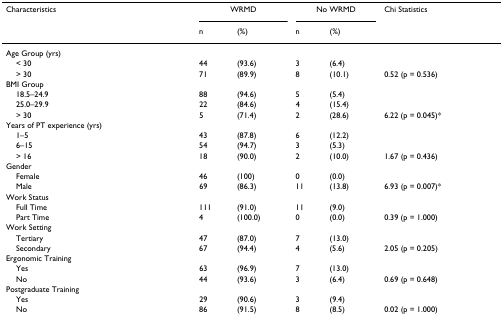
<table><thead><tr><td><b>Characteristics</b></td><td colspan="2"><b>WRMD</b></td><td colspan="2"><b>No WRMD</b></td><td><b>Chi Statistics</b></td></tr><tr><td></td><td><b>n</b></td><td><b>(%)</b></td><td><b>n</b></td><td><b>(%)</b></td><td></td></tr></thead><tbody><tr><td>Age Group (yrs)</td><td></td><td></td><td></td><td></td><td></td></tr><tr><td> &lt; 30</td><td>44</td><td>(93.6)</td><td>3</td><td>(6.4)</td><td></td></tr><tr><td> &gt; 30</td><td>71</td><td>(89.9)</td><td>8</td><td>(10.1)</td><td>0.52 (p = 0.536)</td></tr><tr><td>BMI Group</td><td></td><td></td><td></td><td></td><td></td></tr><tr><td> 18.5–24.9</td><td>88</td><td>(94.6)</td><td>5</td><td>(5.4)</td><td></td></tr><tr><td> 25.0–29.9</td><td>22</td><td>(84.6)</td><td>4</td><td>(15.4)</td><td></td></tr><tr><td> &gt; 30</td><td>5</td><td>(71.4)</td><td>2</td><td>(28.6)</td><td>6.22 (p = 0.045)*</td></tr><tr><td>Years of PT experience (yrs)</td><td></td><td></td><td></td><td></td><td></td></tr><tr><td> 1–5</td><td>43</td><td>(87.8)</td><td>6</td><td>(12.2)</td><td></td></tr><tr><td> 6–15</td><td>54</td><td>(94.7)</td><td>3</td><td>(5.3)</td><td></td></tr><tr><td> &gt; 16</td><td>18</td><td>(90.0)</td><td>2</td><td>(10.0)</td><td>1.67 (p = 0.436)</td></tr><tr><td>Gender</td><td></td><td></td><td></td><td></td><td></td></tr><tr><td> Female</td><td>46</td><td>(100)</td><td>0</td><td>(0.0)</td><td></td></tr><tr><td> Male</td><td>69</td><td>(86.3)</td><td>11</td><td>(13.8)</td><td>6.93 (p = 0.007)*</td></tr><tr><td>Work Status</td><td></td><td></td><td></td><td></td><td></td></tr><tr><td> Full Time</td><td>111</td><td>(91.0)</td><td>11</td><td>(9.0)</td><td></td></tr><tr><td> Part Time</td><td>4</td><td>(100.0)</td><td>0</td><td>(0.0)</td><td>0.39 (p = 1.000)</td></tr><tr><td>Work Setting</td><td></td><td></td><td></td><td></td><td></td></tr><tr><td> Tertiary</td><td>47</td><td>(87.0)</td><td>7</td><td>(13.0)</td><td></td></tr><tr><td> Secondary</td><td>67</td><td>(94.4)</td><td>4</td><td>(5.6)</td><td>2.05 (p = 0.205)</td></tr><tr><td>Ergonomic Training</td><td></td><td></td><td></td><td></td><td></td></tr><tr><td> Yes</td><td>63</td><td>(96.9)</td><td>7</td><td>(13.0)</td><td></td></tr><tr><td> No</td><td>44</td><td>(93.6)</td><td>3</td><td>(6.4)</td><td>0.69 (p = 0.648)</td></tr><tr><td>Postgraduate Training</td><td></td><td></td><td></td><td></td><td></td></tr><tr><td> Yes</td><td>29</td><td>(90.6)</td><td>3</td><td>(9.4)</td><td></td></tr><tr><td> No</td><td>86</td><td>(91.5)</td><td>8</td><td>(8.5)</td><td>0.02 (p = 1.000)</td></tr></tbody></table>